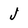
Character: J